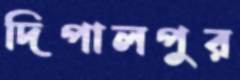
দিপালপুর